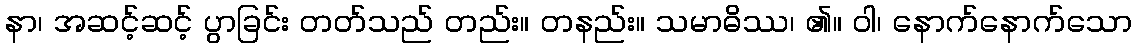
နာ၊ အဆင့်ဆင့် ပွာခြင်း တတ်သည် တည်း။ တနည်း။ သမာဓိဿ၊ ၏။ ဝါ၊ နောက်နောက်သော